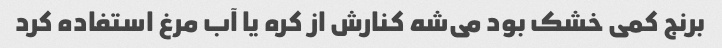
برنج کمی خشک بود می‌شه کنارش از کره یا آب مرغ استفاده کرد